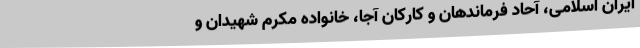
ایران اسلامی، آحاد فرماندهان و کارکان آجا، خانواده مکرم شهیدان و